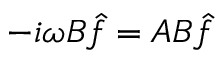
- i \omega B \hat { f } = A B \hat { f }